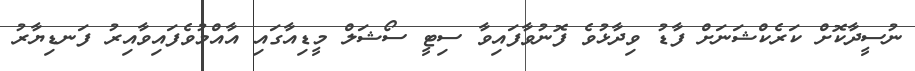
ނުސީދާކޮށް ކަރެކްޝަނަށް ފާޑު ވިދާޅުވެ ފޮނުވާފައިވާ ސިޓީ ސޯޝަލް މީޑިއާގައި އާއްމުވެފައިވާއިރު ފަނޑިޔާރު